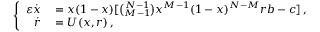
\left\{ \begin{array} { r l } { \varepsilon \dot { x } } & { { } = x ( 1 - x ) [ \binom { N - 1 } { M - 1 } x ^ { M - 1 } ( 1 - x ) ^ { N - M } r b - c ] \, , } \\ { \dot { r } } & { { } = U ( x , r ) \, , } \end{array} \right.